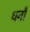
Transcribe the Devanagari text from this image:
धनौ